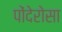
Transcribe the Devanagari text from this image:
पोंदेरोसा